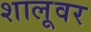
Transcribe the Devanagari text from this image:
शालूवर